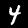
Label: 4